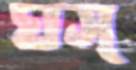
ঘস্